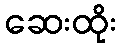
ဆေးထိုး